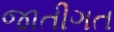
જાતીગત